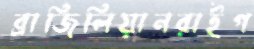
ব্রাজিলিয়ানরাইগ